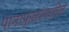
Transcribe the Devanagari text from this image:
पानाफुलांमधील